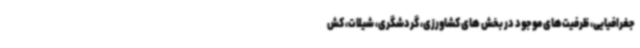
جغرافیایی، ظرفیت‌های موجود در بخش های کشاورزی، گردشگری، شیلات، کش